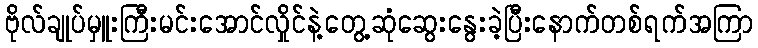
ဗိုလ်ချုပ်မှူးကြီးမင်းအောင်လှိုင်နဲ့တွေ့ဆုံဆွေးနွေးခဲ့ပြီးနောက်တစ်ရက်အကြာ